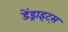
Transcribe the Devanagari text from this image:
डेंड्राइट्स